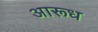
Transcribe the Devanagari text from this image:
आरूध